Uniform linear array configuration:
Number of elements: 48
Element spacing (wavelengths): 1
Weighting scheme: cosine
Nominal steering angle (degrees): -30
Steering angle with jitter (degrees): -28.59
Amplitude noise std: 0.05
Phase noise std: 0.05

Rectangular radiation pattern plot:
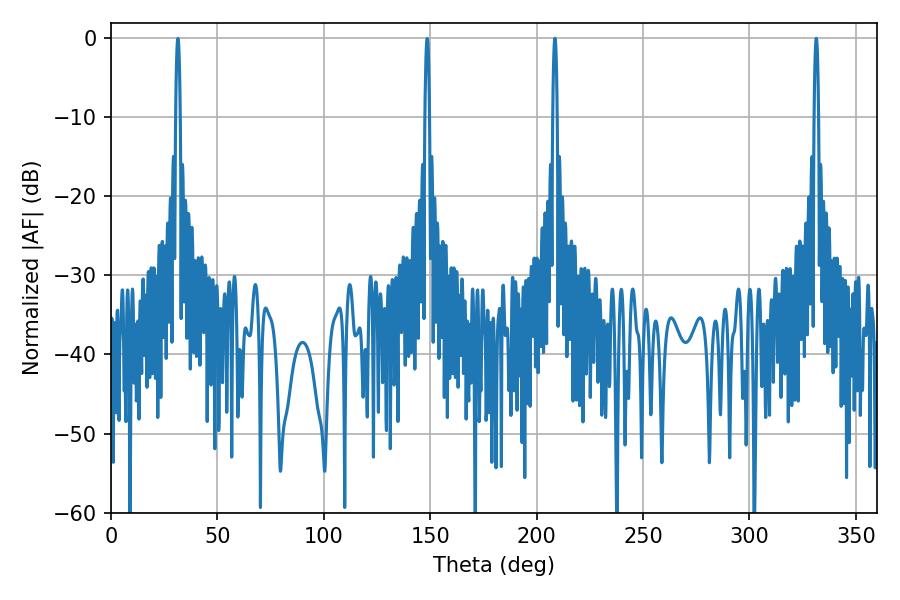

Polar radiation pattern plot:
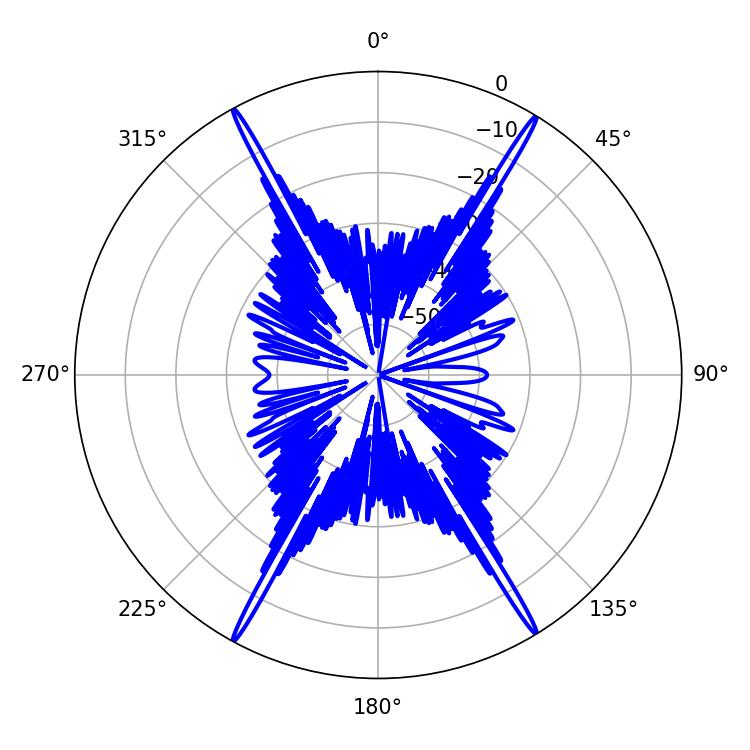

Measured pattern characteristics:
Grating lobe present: TRUE
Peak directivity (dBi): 28.596
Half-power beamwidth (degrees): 1.08
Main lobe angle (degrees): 208.62